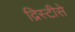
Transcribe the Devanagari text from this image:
द्रिस्टीसे